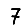
Digit: 7